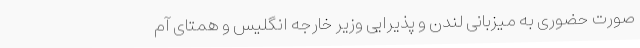
صورت حضوری به میزبانی لندن و پذیرایی وزیر خارجه انگلیس و همتای آم